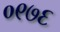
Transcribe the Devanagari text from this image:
०९७६